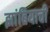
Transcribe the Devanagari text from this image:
झांबियाची